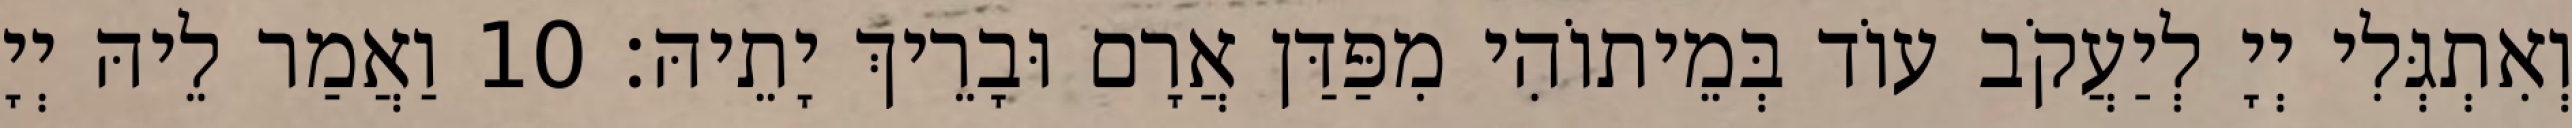
וְאִתְגְּלִי יְיָ לְיַעֲקֹב עוֹד בְּמֵיתוֹהִי מִפַּדַּן אֲרָם וּבָרֵיךְ יָתֵיהּ׃ 10 וַאֲמַר לֵיהּ יְיָ